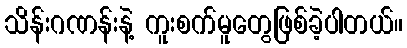
သိန်းဂဏန်းနဲ့ ကူးစက်မူတွေဖြစ်ခဲ့ပါတယ်။